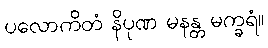
ပလောကိတံ နိပုဏ မနန္တ မက္ခရံ။